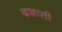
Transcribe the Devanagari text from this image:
दशाती